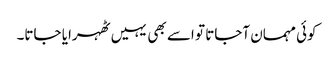
کوئی مہمان آجاتا تو اسے بھی یہیں ٹھہرایا جاتا۔